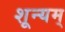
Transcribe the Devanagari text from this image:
शून्यम्